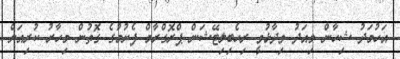
އަހުމަދު ޝިހާން މިއަދު ވިދާޅުވީ ރިހެބިލިޓޭޝަން ޕްރޮގްރާމް ފެށުމުގެ ގޮތުން މިހާރު ކުރިއަށް